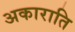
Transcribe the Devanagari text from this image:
अकाराति